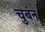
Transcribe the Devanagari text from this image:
चुबंन